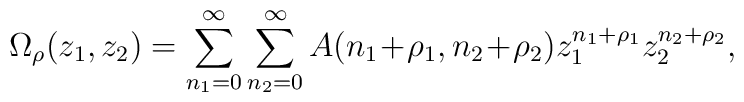
\Omega_{\rho}(z_1,z_2)=\sum_{n_1=0}^{\infty}\sum_{n_2=0}^{\infty}A(n_1\!+\!\rho_1,n_2\!+\!\rho_2)z_1^{n_1+\rho_1}z_2^{n_2+\rho_2},